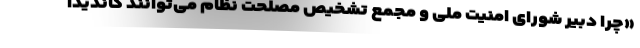
«چرا دبیر شورای امنیت ملی و مجمع تشخیص مصلحت نظام می‌توانند کاندیدا